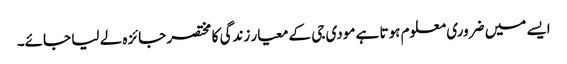
ایسے میں ضروری معلوم ہوتا ہے مودی جی کے معیار زندگی کا مختصر جائزہ لے لیا جائے۔